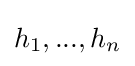
h_{1},...,h_{n}